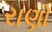
રાણો